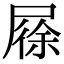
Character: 𡲰